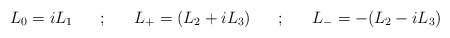
\begin{align*}L_0 = iL_1 ~~~~~;~~~~~ L_+ = (L_2 + i L_3) ~~~~~;~~~~~ L_- = -(L_2 - iL_3) \end{align*}